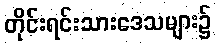
တိုင်းရင်းသားဒေသများ၌